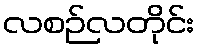
လစဉ်လတိုင်း